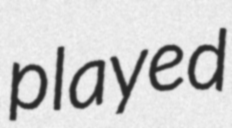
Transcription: played